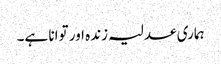
ہماری عدلیہ زندہ اور توانا ہے۔